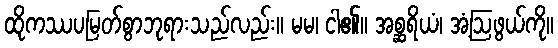
ထိုကဿပမြတ်စွာဘုရားသည်လည်း။ မမ၊ ငါ၏။ အစ္ဆရိယံ၊ အံ့ဩဖွယ်ကို။